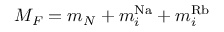
M _ { F } = m _ { N } + m _ { i } ^ { \mathrm { N a } } + m _ { i } ^ { \mathrm { R b } }